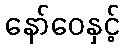
နော်ဝေနှင့်